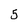
Character: 5